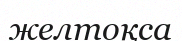
желтоқса